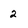
Character: 2